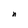
Character: n